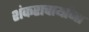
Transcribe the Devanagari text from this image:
शंकराचार्यांना